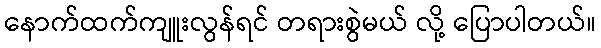
နောက်ထက်ကျူးလွန်ရင် တရားစွဲမယ် လို့ ပြောပါတယ်။